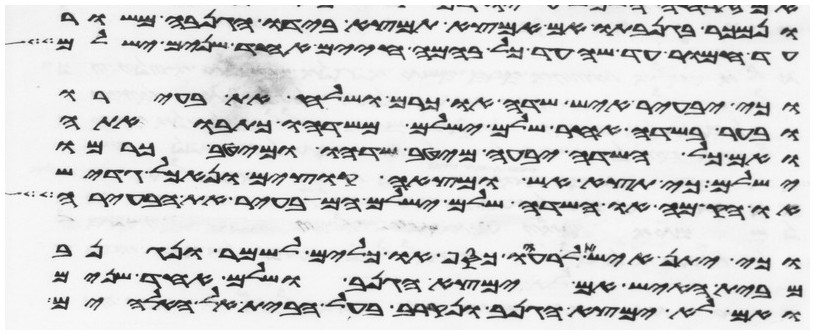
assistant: ונמכר בגנבתו אם המצא תמצא בידו הגנבה משור
עד חמור עד שה עד כל בהמה חיים אחד שנים ישלם
וכי יבעיר איש שדה או כרם ושלח את בעירו
ובער בשדה אחר שלם ישלם משדהו כתבואתה
ואם כל השדה יבעה מיטב שדהו ומיטב כרמו
ישלם כי תצא אש ומצאה קוצים ונאכל גדיש
או הקמה או שדה שלם ישלם המבעיר את הבעירה
וכי יתן איש אל רעהו כסף או כלים לשמר ונגנב
מבית האיש אם ימצא הגנב ושלם אחד שנים
ואם לא ימצא הגנב ונקרב בעל הבית אל האלהים